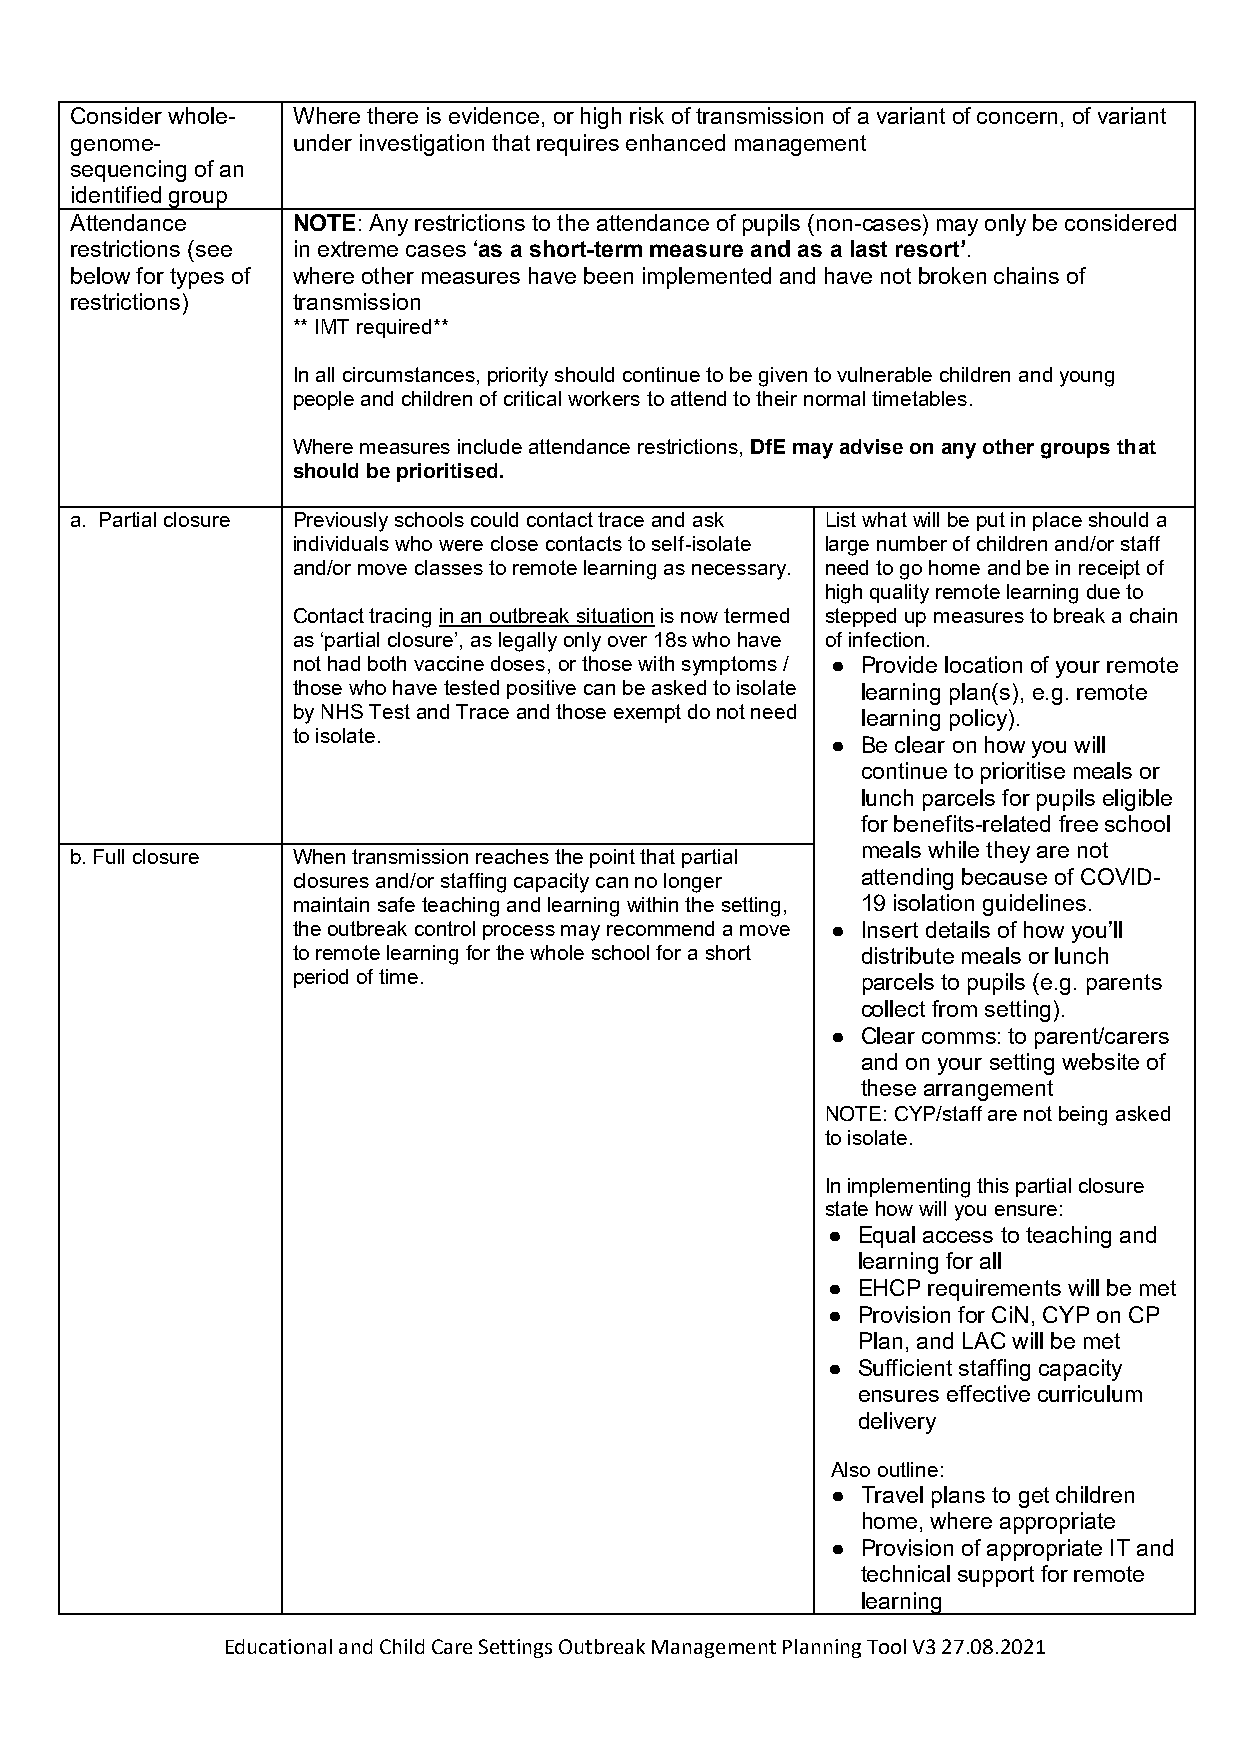
Consider whole- Where there is evidence, or high risk of transmission of a variant of concern, of variant
 genome-       under investigation that requires enhanced management
 sequencing of an
 identified group
 Attendance    NOTE: Any restrictions to the attendance of pupils (non-cases) may only be considered
 restrictions (see in extreme cases ‘as a short-term measure and as a last resort’.
 below for types of where other measures have been implemented and have not broken chains of
 restrictions) transmission
 ** IMT required**
 In all circumstances, priority should continue to be given to vulnerable children and young
 people and children of critical workers to attend to their normal timetables.
 Where measures include attendance restrictions, DfE may advise on any other groups that
 should be prioritised.
 a. Partial closure Previously schools could contact trace and ask List what will be put in place should a
 individuals who were close contacts to self-isolate large number of children and/or staff
 and/or move classes to remote learning as necessary. need to go home and be in receipt of
 high quality remote learning due to
 Contact tracing in an outbreak situation is now termed stepped up measures to break a chain
 as ‘partial closure’, as legally only over 18s who have of infection.
 not had both vaccine doses, or those with symptoms / ● Provide location of your remote
 those who have tested positive can be asked to isolate learning plan(s), e.g. remote
 by NHS Test and Trace and those exempt do not need learning policy).
 to isolate.
 ● Be clear on how you will
 continue to prioritise meals or
 lunch parcels for pupils eligible
 for benefits-related free school
 meals while they are not
 b. Full closure When transmission reaches the point that partial
 closures and/or staffing capacity can no longer attending because of COVID-
 maintain safe teaching and learning within the setting, 19 isolation guidelines.
 the outbreak control process may recommend a move ● Insert details of how you’ll
 to remote learning for the whole school for a short distribute meals or lunch
 period of time.                       parcels to pupils (e.g. parents
 collect from setting).
 ● Clear comms: to parent/carers
 and on your setting website of
 these arrangement
 NOTE: CYP/staff are not being asked
 to isolate.
 In implementing this partial closure
 state how will you ensure:
 ● Equal access to teaching and
 learning for all
 ● EHCP requirements will be met
 ● Provision for CiN, CYP on CP
 Plan, and LAC will be met
 ● Sufficient staffing capacity
 ensures effective curriculum
 delivery
 Also outline:
 ● Travel plans to get children
 home, where appropriate
 ● Provision of appropriate IT and
 technical support for remote
 learning
 Educational and Child Care Settings Outbreak Management Planning Tool V3 27.08.2021